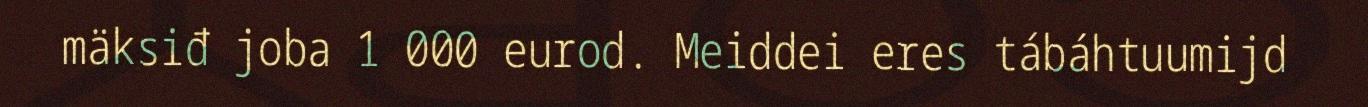
mäksiđ joba 1 000 eurod. Meiddei eres tábáhtuumijd